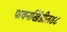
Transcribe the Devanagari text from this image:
पावनखिंडीत४८